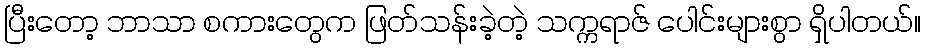
ပြီးတော့ ဘာသာ စကားတွေက ဖြတ်သန်းခဲ့တဲ့ သက္ကရာဇ် ပေါင်းများစွာ ရှိပါတယ်။